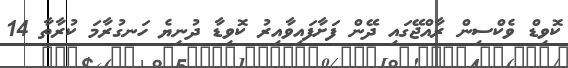
ކޮވިޑް ވެކްސިން ރާއްޖޭގައި ދޭން ފަށާފައިވާއިރު ކޮވިޑާ ދުނިޔެ ހަނގުރާމަ ކުރާތާ 14